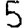
Digit: 5